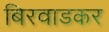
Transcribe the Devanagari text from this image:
बिरवाडकर